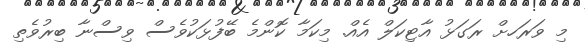
މި ވަރަހށް ރަގަޅު އާޓިކަލް އެއް. މިކަމާ ކޮންމެ ބޭފުޅަކުވެސް ވިސްނާ ބިރުވެތި